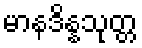
မာနဒိန္နသုတ္တ